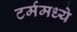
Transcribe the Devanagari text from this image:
टर्ममध्ये